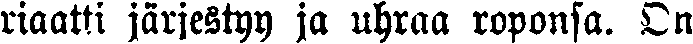
riaatti järjestyy ja uhraa roponsa. On